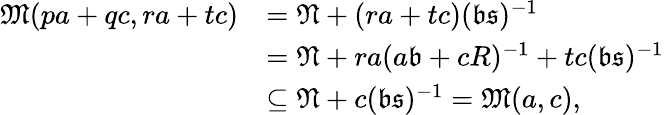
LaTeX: \begin{array}{rl}{\mathfrak M(pa+qc,ra+tc)}&{=\mathfrak N+(ra+tc)(\mathfrak b\mathfrak s)^{-1}}\\ &{=\mathfrak N+ra(a\mathfrak b+cR)^{-1}+tc(\mathfrak b\mathfrak s)^{-1}}\\ &{\subseteq\mathfrak N+c(\mathfrak b\mathfrak s)^{-1}=\mathfrak M(a,c),}\end{array}